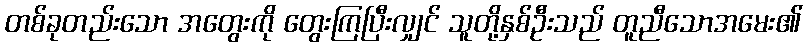
တစ်ခုတည်းသော အတွေးကို တွေးကြပြီးလျှင် သူတို့နှစ်ဦးသည် တူညီသောအမေး၏